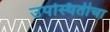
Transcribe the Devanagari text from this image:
उपस्थितीचा